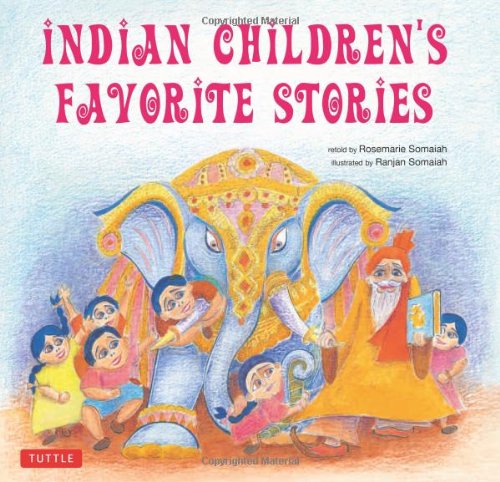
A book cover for Indian Children's Favorite Stories; Rosemarie Somaiah; Children's Books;